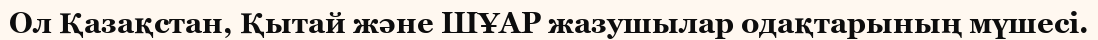
Ол Қазақстан, Қытай және ШҰАР жазушылар одақтарының мүшесі.